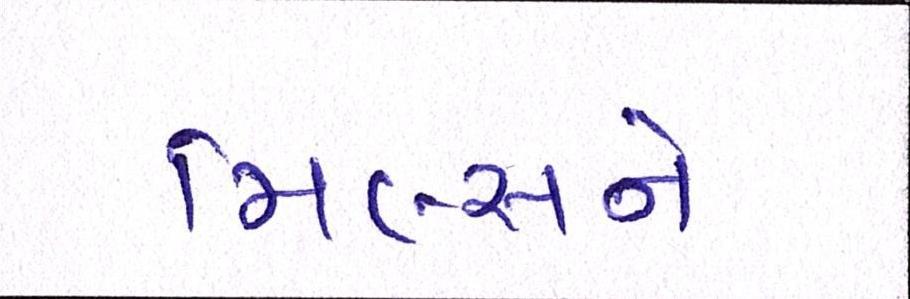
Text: મિલ્સને